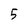
Character: 5